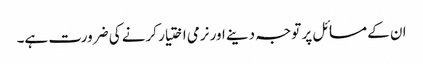
ان کے مسائل پر توجہ دینے اور نرمی اختیار کرنے کی ضرورت ہے۔